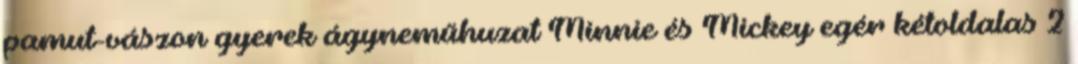
pamut-vászon gyerek ágyneműhuzat Minnie és Mickey egér kétoldalas 2